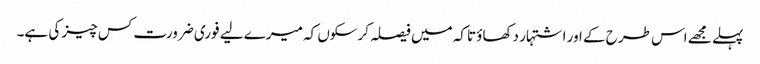
پہلے مجھے اس طرح کے اور اشتہار دکھاؤ تاکہ میں فیصلہ کرسکوں کہ میرے لیے فوری ضرورت کس چیز کی ہے۔